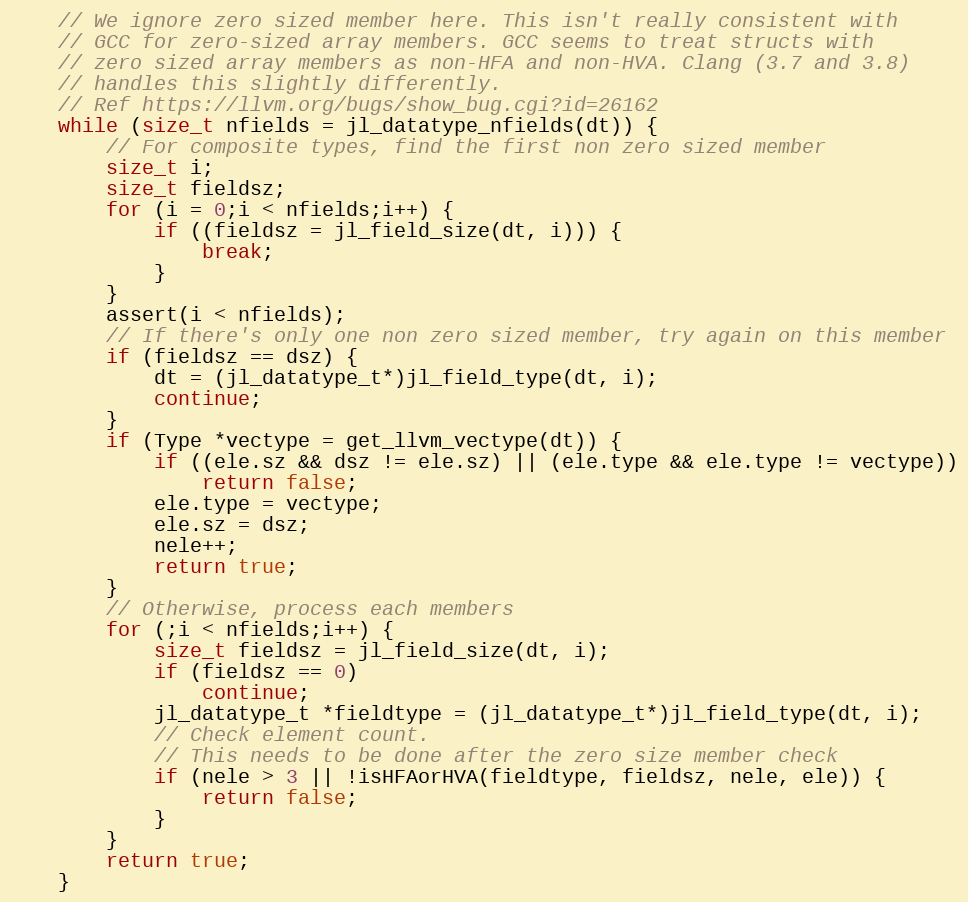
Language: C++
    // We ignore zero sized member here. This isn't really consistent with
    // GCC for zero-sized array members. GCC seems to treat structs with
    // zero sized array members as non-HFA and non-HVA. Clang (3.7 and 3.8)
    // handles this slightly differently.
    // Ref https://llvm.org/bugs/show_bug.cgi?id=26162
    while (size_t nfields = jl_datatype_nfields(dt)) {
        // For composite types, find the first non zero sized member
        size_t i;
        size_t fieldsz;
        for (i = 0;i < nfields;i++) {
            if ((fieldsz = jl_field_size(dt, i))) {
                break;
            }
        }
        assert(i < nfields);
        // If there's only one non zero sized member, try again on this member
        if (fieldsz == dsz) {
            dt = (jl_datatype_t*)jl_field_type(dt, i);
            continue;
        }
        if (Type *vectype = get_llvm_vectype(dt)) {
            if ((ele.sz && dsz != ele.sz) || (ele.type && ele.type != vectype))
                return false;
            ele.type = vectype;
            ele.sz = dsz;
            nele++;
            return true;
        }
        // Otherwise, process each members
        for (;i < nfields;i++) {
            size_t fieldsz = jl_field_size(dt, i);
            if (fieldsz == 0)
                continue;
            jl_datatype_t *fieldtype = (jl_datatype_t*)jl_field_type(dt, i);
            // Check element count.
            // This needs to be done after the zero size member check
            if (nele > 3 || !isHFAorHVA(fieldtype, fieldsz, nele, ele)) {
                return false;
            }
        }
        return true;
    }